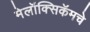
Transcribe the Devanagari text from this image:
मेलॉक्सिकॅमचे